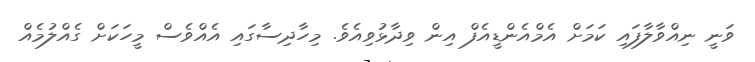
ވަނީ ނިއްވާލާފައި ކަމަށް އެމްއެންޑީއެފް އިން ވިދާޅުވިއެވެ. މިހާދިސާގައި އެއްވެސް މީހަކަށް ގެއްލުމެއް